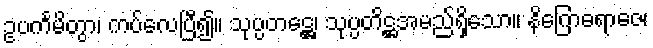
ဥပင်္ကမိတွာ၊ ကပ်လေပြီ၍။ သုပ္ပတဋ္ဌေ၊ သုပ္ပတိဋ္ဌအမည်ရှိသော။ နိဂြောဓရာဇေ၊